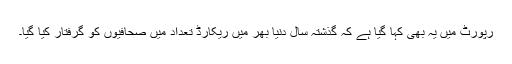
رپورٹ میں یہ بھی کہا گیا ہے کہ گذشتہ سال دنیا بھر میں ریکارڈ تعداد میں صحافیوں کو گرفتار کیا گیا۔